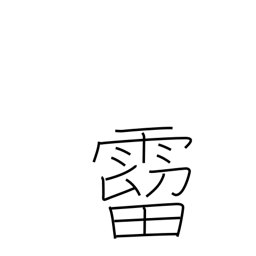
Meaning: raindrops falling from the eaves